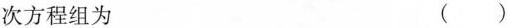
次方程组为 ()